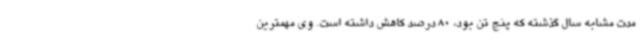
مدت مشابه سال گذشته که پنج تن بود، 80 درصد کاهش داشته است. وی مهمترین